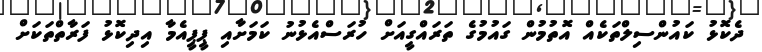
ދެކޮޅު ކައުންސިލްތަކެއް އޮތުމުން ގައުމުގެ ތަރައްގީއަށް ހުރަސްއެޅުނު ކަމަށާއި ޕީޕީއެމާ އިދިކޮޅު ފަރާތްތަކަށް